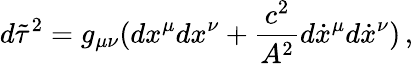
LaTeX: d\tilde{\tau}^{2}=g_{\mu\nu}(dx^{\mu}dx^{\nu}+\frac{c^{2}}{A^{2}}d\dot{x}^{\mu}d\dot{x}^{\nu})\, {,}